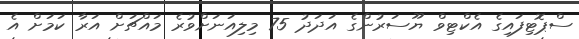
ސްޕޮޓިފައިގެ އެކްޓިވް ޔޫސަރުންގެ އަދަދު 75 މިލިއަނަށްވުރެ މައްޗަށް އަރާ ކަމަށް އެ